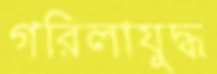
গরিলাযুদ্ধ